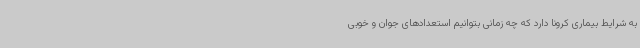
به شرایط بیماری کرونا دارد که چه زمانی بتوانیم استعدادهای جوان و خوبی